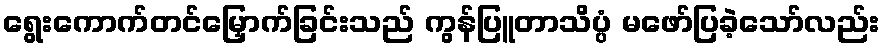
ရွေးကောက်တင်မြှောက်ခြင်းသည် ကွန်ပြူတာသိပ္ပံ မဖော်ပြခဲ့သော်လည်း